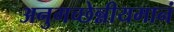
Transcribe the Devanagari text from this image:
अनुगच्छेन्नीयमानं